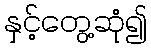
နှင့်တွေ့ဆုံ၍